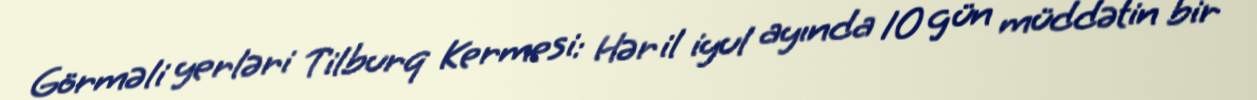
Görməli yerləri Tilburq Kermesi: Hər il iyul ayında 10 gün müddətin bir